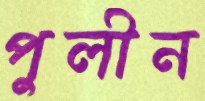
পুলীন